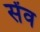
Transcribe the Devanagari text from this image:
सेंव